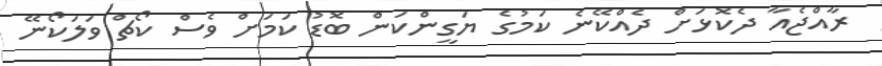
ރާއްޖެއާ ދެކޮޅަށް ދެއްކޭނެ ކަމުގެ ޔަގީންކަން ބޮޑު ކަމަށް ވެސް ކޯޗް ވަލަކޯނޭ